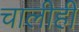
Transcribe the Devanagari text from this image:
चालीही